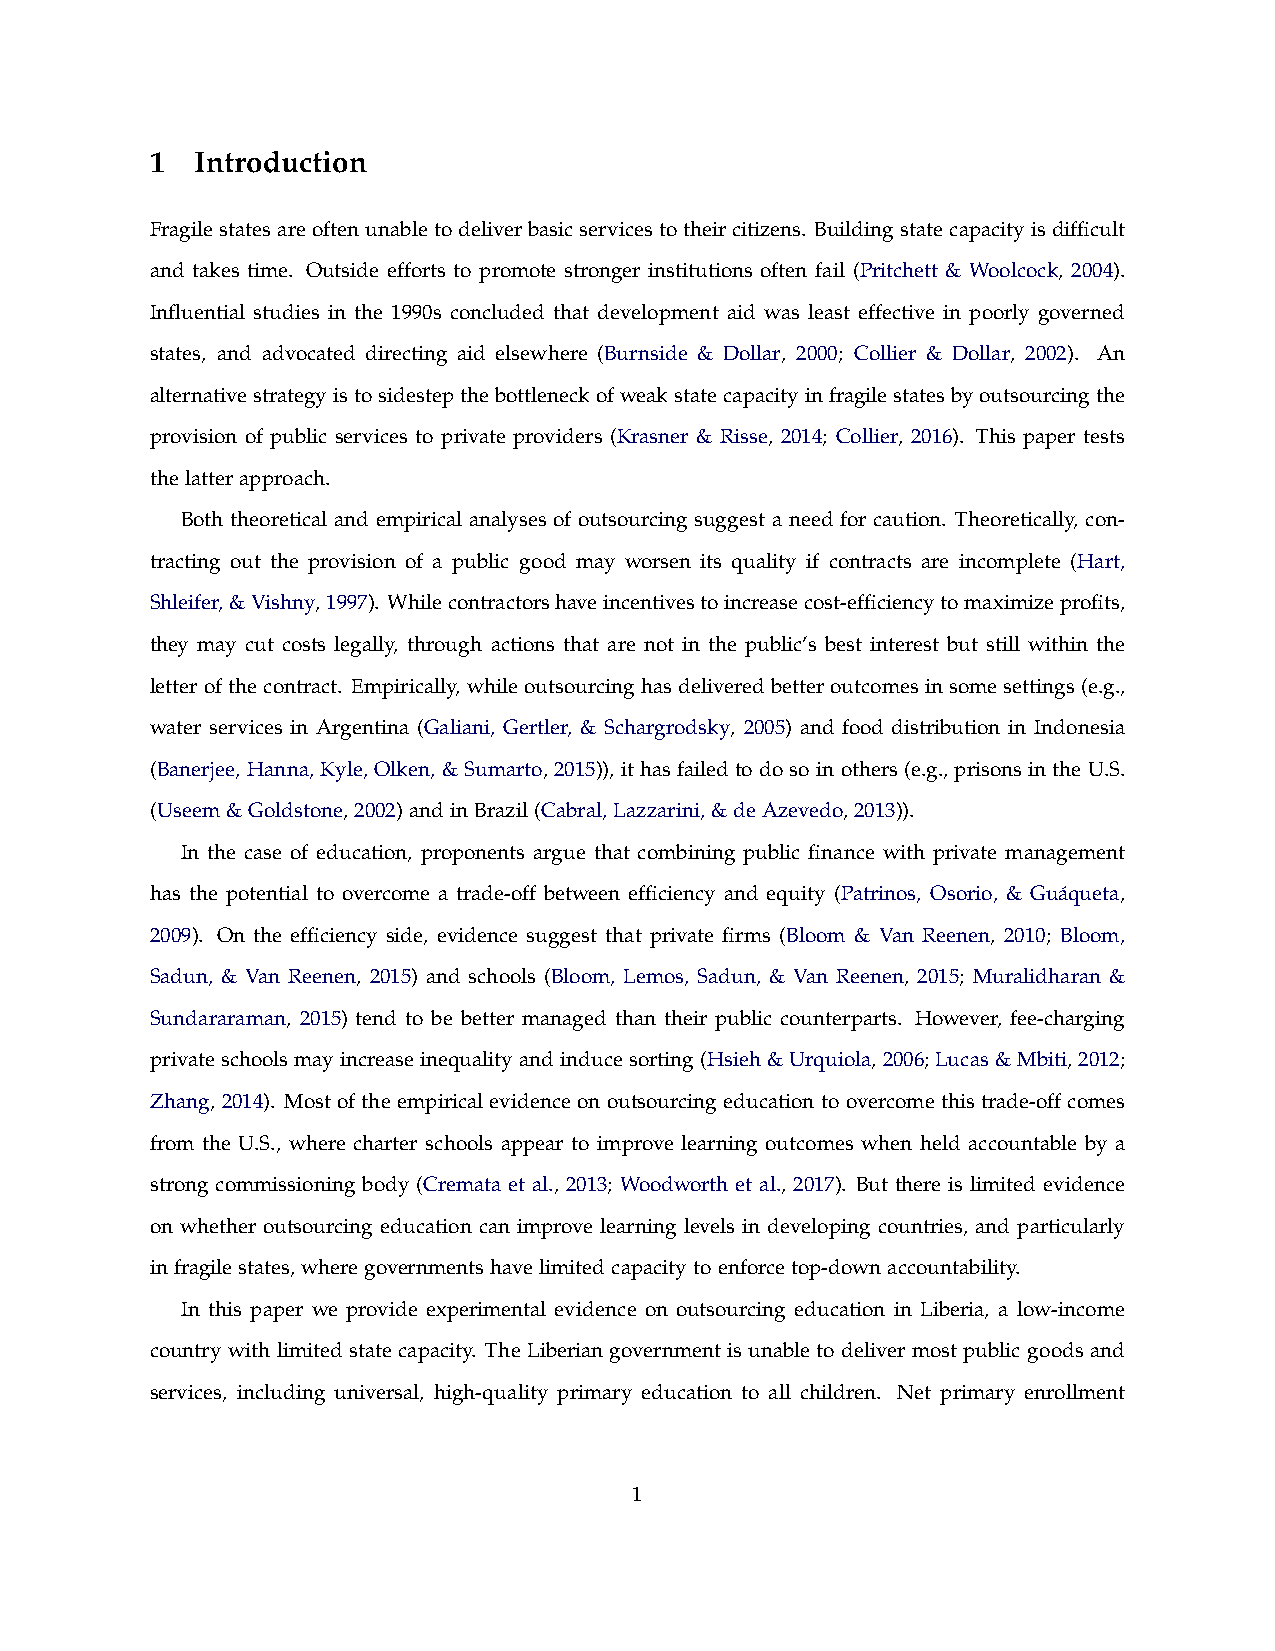
1  Introduction
 Fragilestatesareoftenunabletodeliverbasicservicestotheircitizens. Buildingstatecapacityisdifficult
 and takes time. Outside efforts to promote stronger institutions often fail (Pritchett & Woolcock, 2004).
 Influential studies in the 1990s concluded that development aid was least effective in poorly governed
 states, and advocated directing aid elsewhere (Burnside & Dollar, 2000; Collier & Dollar, 2002). An
 alternativestrategyistosidestepthebottleneckofweakstatecapacityinfragilestatesbyoutsourcingthe
 provision of public services to private providers (Krasner & Risse, 2014; Collier, 2016). This paper tests
 thelatterapproach.
 Both theoretical and empirical analyses of outsourcing suggest a need for caution. Theoretically, con-
 tracting out the provision of a public good may worsen its quality if contracts are incomplete (Hart,
 Shleifer,&Vishny,1997). Whilecontractorshaveincentivestoincreasecost-efficiencytomaximizeprofits,
 they may cut costs legally, through actions that are not in the public’s best interest but still within the
 letter of the contract. Empirically, while outsourcing has delivered better outcomes in some settings (e.g.,
 water services in Argentina (Galiani, Gertler, & Schargrodsky, 2005) and food distribution in Indonesia
 (Banerjee,Hanna, Kyle,Olken,&Sumarto, 2015)),ithasfailedtodosoinothers(e.g., prisonsintheU.S.
 (Useem&Goldstone,2002)andinBrazil(Cabral,Lazzarini,&deAzevedo,2013)).
 In the case of education, proponents argue that combining public finance with private management
 has the potential to overcome a trade-off between efficiency and equity (Patrinos, Osorio, & Gua´queta,
 2009). On the efficiency side, evidence suggest that private firms (Bloom & Van Reenen, 2010; Bloom,
 Sadun, & Van Reenen, 2015) and schools (Bloom, Lemos, Sadun, & Van Reenen, 2015; Muralidharan &
 Sundararaman, 2015) tend to be better managed than their public counterparts. However, fee-charging
 privateschoolsmayincreaseinequalityandinducesorting(Hsieh&Urquiola,2006;Lucas&Mbiti,2012;
 Zhang, 2014). Most of the empirical evidence on outsourcing education to overcome this trade-off comes
 from the U.S., where charter schools appear to improve learning outcomes when held accountable by a
 strong commissioning body (Cremata et al., 2013; Woodworth et al., 2017). But there is limited evidence
 on whether outsourcing education can improve learning levels in developing countries, and particularly
 infragilestates,wheregovernmentshavelimitedcapacitytoenforcetop-downaccountability.
 In this paper we provide experimental evidence on outsourcing education in Liberia, a low-income
 country with limited state capacity. The Liberian government is unable to deliver most public goods and
 services, including universal, high-quality primary education to all children. Net primary enrollment
 1